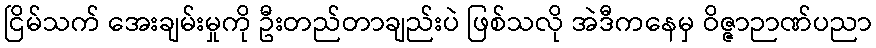
ငြိမ်သက် အေးချမ်းမှုကို ဦးတည်တာချည်းပဲ ဖြစ်သလို အဲဒီကနေမှ ဝိဇ္ဇာဉာဏ်ပညာ